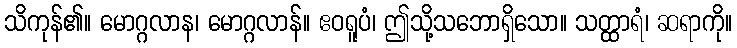
သိကုန်၏။ မောဂ္ဂလာန၊ မောဂ္ဂလာန်။ ဧဝရူပံ၊ ဤသို့သဘောရှိသော။ သတ္ထာရံ၊ ဆရာကို။